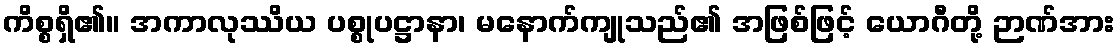
ကိစ္စရှိ၏။ အကာလုဿိယ ပစ္စုပဋ္ဌာနာ၊ မနောက်ကျုသည်၏ အဖြစ်ဖြင့် ယောဂီတို့ ဉာဏ်အား